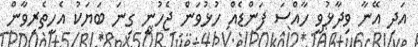
އަދި އޭނާ ވިދާޅުވީ ހާއްސަ ފަންޑެއް ހުޅުވަން ޖެހުނީ ގިނަ ބަޔަކު އެހީތެރިވާން